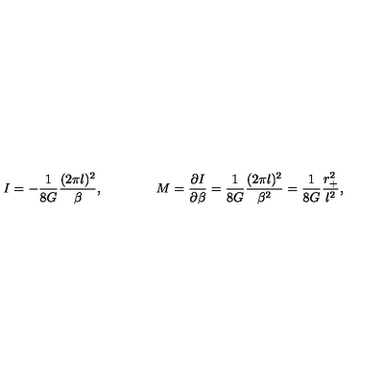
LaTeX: I = - { \frac { 1 } { 8 G } } { \frac { ( 2 \pi l ) ^ { 2 } } { \beta } } , \qquad \qquad M = { \frac { \partial I } { \partial \beta } } = { \frac { 1 } { 8 G } } { \frac { ( 2 \pi l ) ^ { 2 } } { \beta ^ { 2 } } } = { \frac { 1 } { 8 G } } { \frac { r _ { + } ^ { 2 } } { l ^ { 2 } } } ,